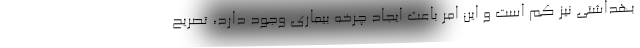
بهداشتی نیز کم است و این امر باعث ایجاد چرخه بیماری وجود دارد، تصریح